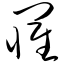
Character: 罹